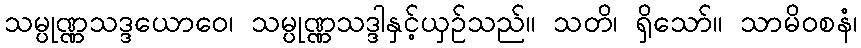
သမ္ပုဏ္ဏသဒ္ဒယောဝေ၊ သမ္ပုဏ္ဏသဒ္ဒါနှင့်ယှဉ်သည်။ သတိ၊ ရှိသော်။ သာမိဝစနံ၊